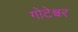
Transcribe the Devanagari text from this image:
गोटेश्वर